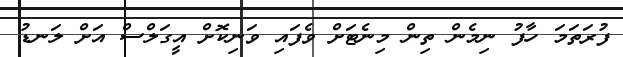
ފުރަތަމަ ހާފު ނިމެން ތިން މިނެޓަށް ވެފައި ވަނިކޮށް އީގަލްސް އަށް ލަނޑު